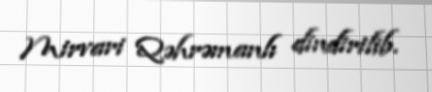
Mirvari Qəhrəmanlı dindirilib.